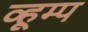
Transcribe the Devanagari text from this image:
व्हूम्प